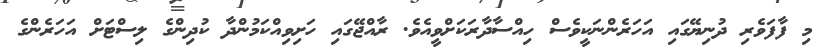
މި ފާފަވެރި ދުނިޔޭގައި އަހަރެންނަކީވެސް ހިއްސާދާރަކަށްވީއެވެ. ރާއްޖޭގައި ހަށިވިއްކަމުންދާ ކުދިންގެ ލިސްޓަށް އަހަރެންގެ